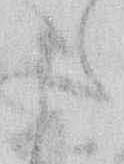
た